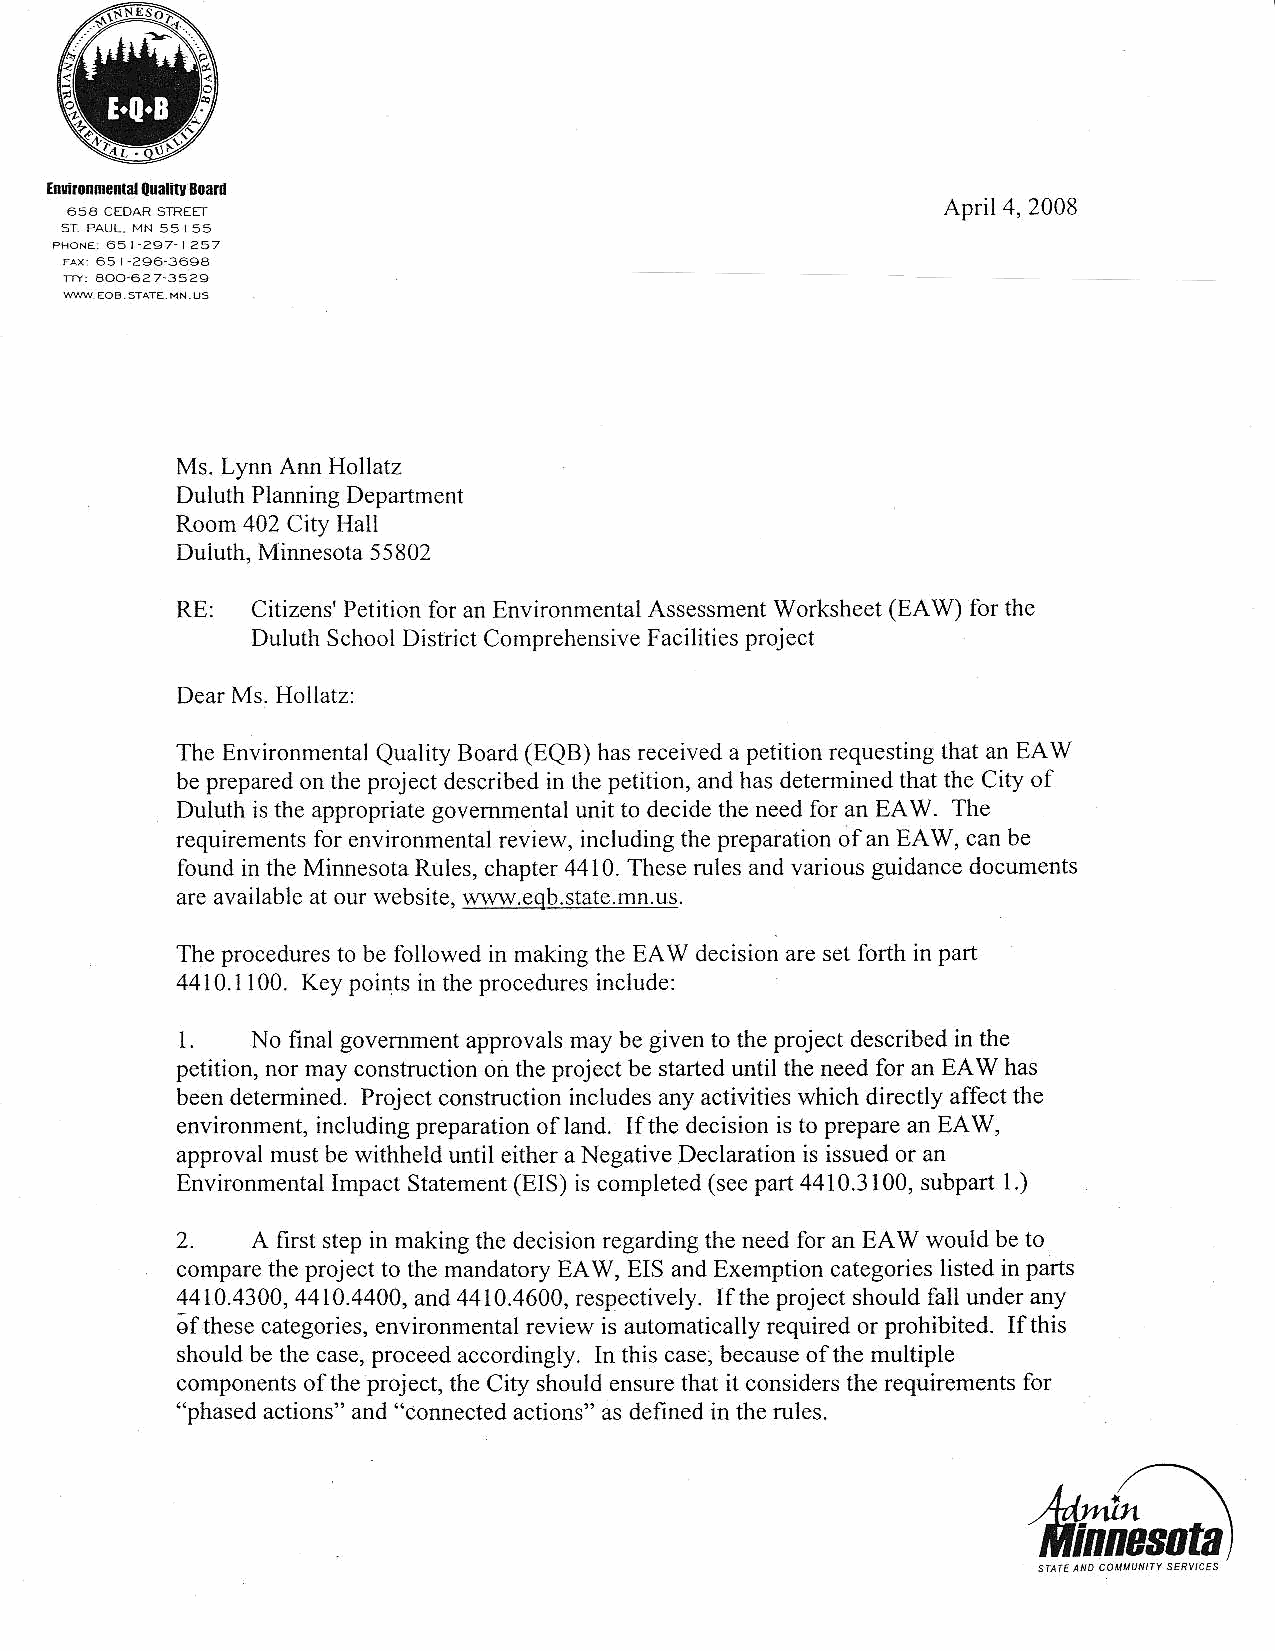
lflronm alouatioS orrd
 April4,2008
 Ms. Lynn Ann Hollatz
 Duluth PlanningD epafiml-nt
 Room 402 City Hall
 Duiuth, Minnesota5 5802
 RE:  CitizensP' etitionf or an EnvironmentaAls sessmenWt orkshee(tE AW) fbr the
 DuluthS choolD istrictC ornprehensivFea cilitiesp roject
 Dear Ms. Hollatz:
 The EnvironmentalQ uality Board (EQB) has receiveda petition requestingl hat an EAw
 be preparedo n the project describedi n the petition, and has detenninedt hat the City of
 Duluth is the approp.iateg ovemmentalu nit to decidet he needf or an EAW. The
 requiremenlsf or environmentarl eview, including the preparationo fan EAW, can be
 found in the MinnesotaR ules,c hapter4 410.T heser ules and variousg uidanced ocuments
 are availablea t our website,w lwv.eqb.state.mn.us.
 The procedurclso be lbllolrrd in makingl he hAW decisiona res etf onh in pdn
 4410.i 100. Key points in the proceduresin clude:
 L.   No final govemmenta pprovalsm ay be given to the project describedi n the
 petilion, nor may constuction on the projcct be staftedu ntil the need for an EAW has
 beend etemiDed. Projectc onstiuctioni ncludesa ny activitiesw hich directly aff-ectth e
 environment,i ncludingp reparationo fland. Ifthe decisioni s to preparea n EAW,
 approvalm ust be withheld until either a NegativeD eclarationi s issuedo r an
 Envi.onmeDtaIl mpact Statemen(t EIS) is completed( secp art 4410.3100,s ubpart1 .)
 2-   A first stepi n making the decisionr egardingt he need for an EAW wouid be to
 comparet he project to the mandatoryE AW, EIS and Exetnptionc ategoriesli sted in parts
 4410.4300,4 410.4400,a nd 4410.4600,r espectively. lfthe project should lali undera ny
 6fthese categoriese, nvironmentarl eview is automaticallyr equiredo r prohibited. Ifthis
 shouldb e the case,p roceeda ccordiflgly. In this case,b ecauseo fthe multiple
 componentso fthe project,t he City shoulde nsuret hat it considerst he requircmentsf or
 "phaseda ctions" and "connecteda ctions" as definedi n the rules.
 tinne$otfl